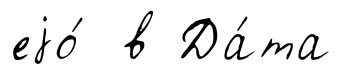
еjо́ в Да́та